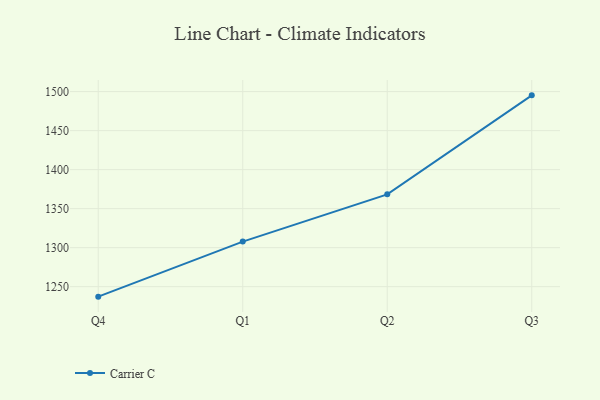
{"axis": {"x": "Quarter", "y": "Market Share (%)"}, "legend": ["Carrier C"], "data": [{"x": "Q4", "y": 1237.2, "type": "Carrier C"}, {"x": "Q1", "y": 1307.8, "type": "Carrier C"}, {"x": "Q2", "y": 1368.3, "type": "Carrier C"}, {"x": "Q3", "y": 1495.2, "type": "Carrier C"}]}